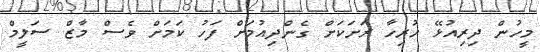
މީހުން ދިރިއުޅޭ ހުރިހާ ރަށަކަށް ގެންދިއުމަށް ފަހު ކަމަށް ވެސް މާޒް ސަލީމް